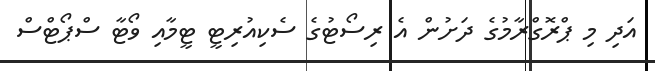
އަދި މި ޕްރޮގްރާމުގެ ދަށުން އެ ރިސޯޓުގެ ސެކިއުރިޓީ ޓީމާއި ވޯޓާ ސްޕޯޓްސް